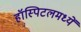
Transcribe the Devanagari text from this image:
हॉस्पिटलमध्यें